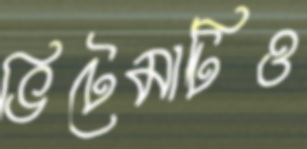
ভিটেমাটিও